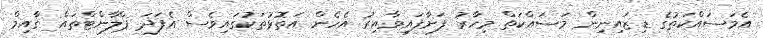
އެމަސައްކަތުގެ ޑިޒައިނިން މަސައްކަތް މިހާރު ފަށާފައިވާއިރު އެހެން އަތޮޅުތަކުގައިވެސް އެފަދަ ޕްލާންޓްތައް ގާއިމް